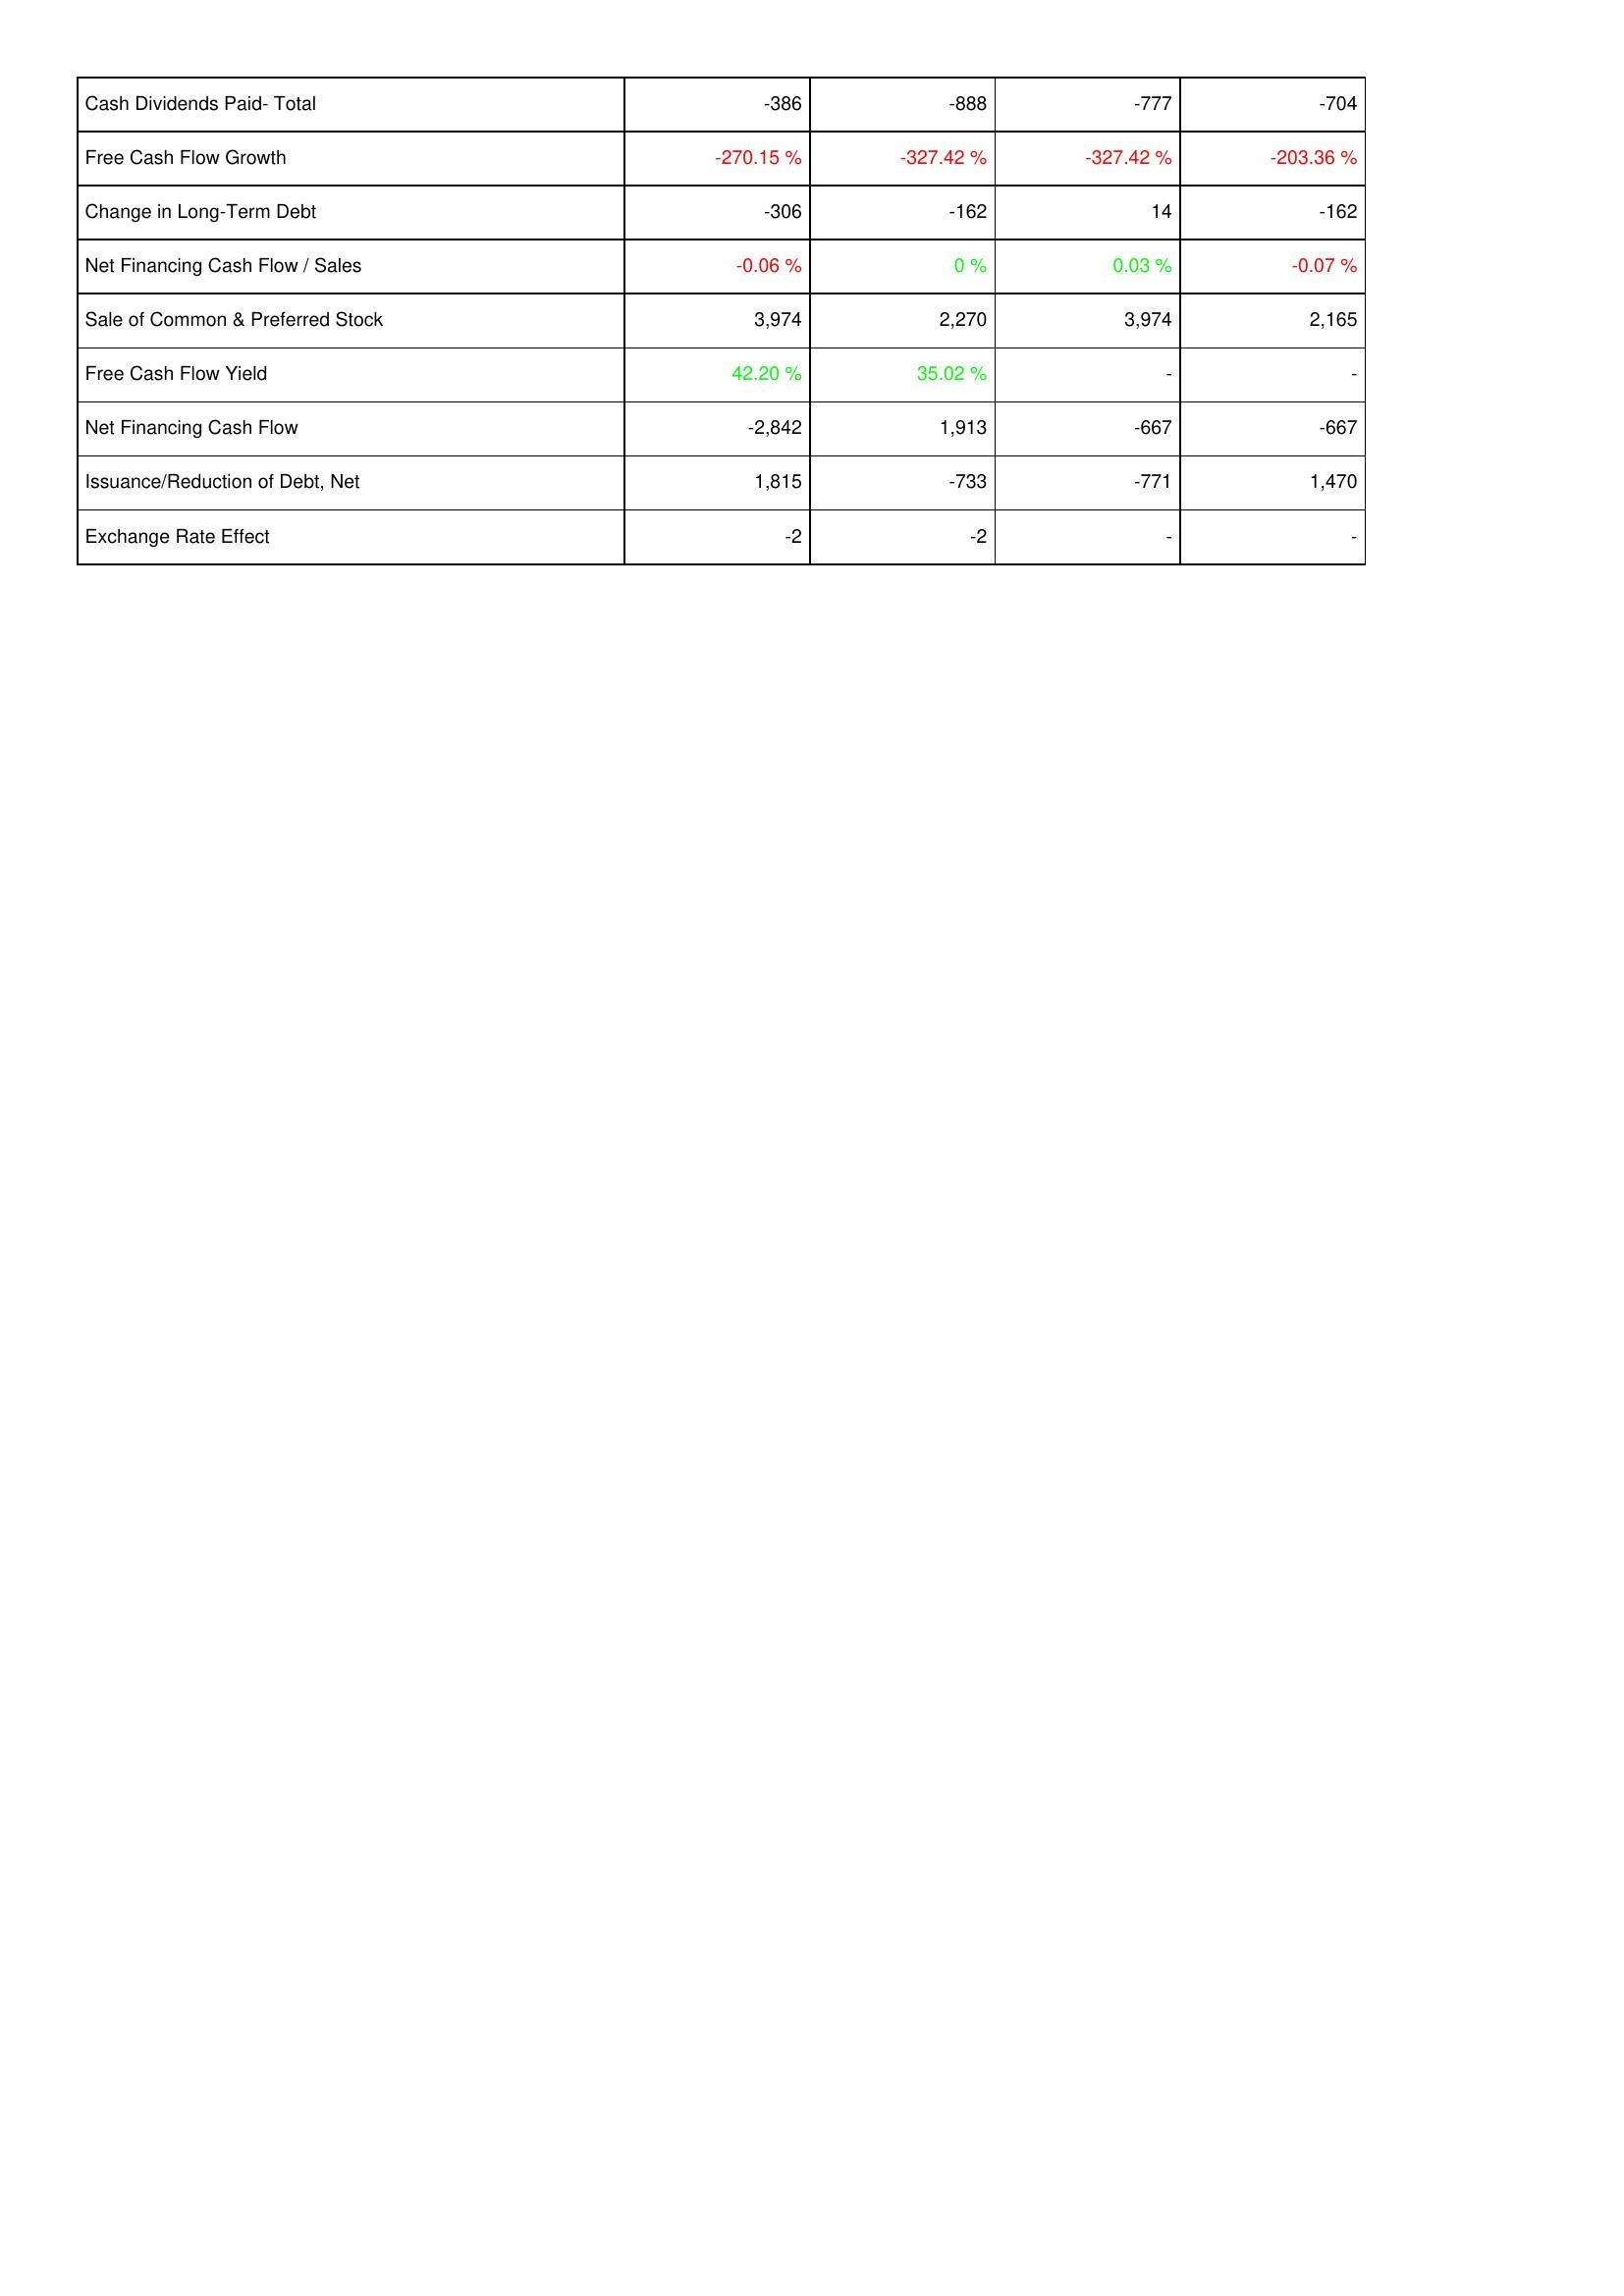
2008: Financing Activities: Cash Dividends Paid- Total: -386
Free Cash Flow Growth: -270.15 %
Change in Long-Term Debt: -306
Net Financing Cash Flow / Sales: -0.06 %
Sale of Common & Preferred Stock: 3,974
Free Cash Flow Yield: 42.20 %
Net Financing Cash Flow: -2,842
Issuance/Reduction of Debt, Net: 1,815
Exchange Rate Effect: -2
2009: Financing Activities: Cash Dividends Paid- Total: -888
Free Cash Flow Growth: -327.42 %
Change in Long-Term Debt: -162
Net Financing Cash Flow / Sales: 0 %
Sale of Common & Preferred Stock: 2,270
Free Cash Flow Yield: 35.02 %
Net Financing Cash Flow: 1,913
Issuance/Reduction of Debt, Net: -733
Exchange Rate Effect: -2
2010: Financing Activities: Cash Dividends Paid- Total: -777
Free Cash Flow Growth: -327.42 %
Change in Long-Term Debt: 14
Net Financing Cash Flow / Sales: 0.03 %
Sale of Common & Preferred Stock: 3,974
Free Cash Flow Yield: -
Net Financing Cash Flow: -667
Issuance/Reduction of Debt, Net: -771
Exchange Rate Effect: -
2011: Financing Activities: Cash Dividends Paid- Total: -704
Free Cash Flow Growth: -203.36 %
Change in Long-Term Debt: -162
Net Financing Cash Flow / Sales: -0.07 %
Sale of Common & Preferred Stock: 2,165
Free Cash Flow Yield: -
Net Financing Cash Flow: -667
Issuance/Reduction of Debt, Net: 1,470
Exchange Rate Effect: -